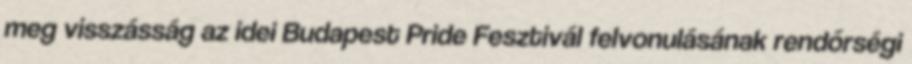
meg visszásság az idei Budapest Pride Fesztivál felvonulásának rendőrségi